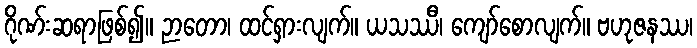
ဂိုဏ်းဆရာဖြစ်၍။ ဉာတော၊ ထင်ရှားလျက်။ ယသဿီ၊ ကျော်စောလျက်။ ဗဟုဇနဿ၊